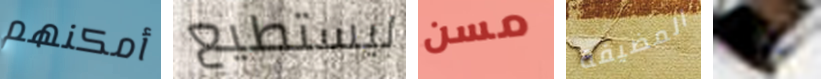
أمكنهم ليستطيع مسن المضيفة هاى